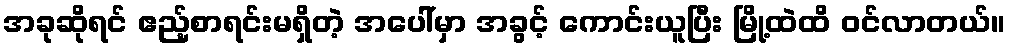
အခုဆိုရင် ဧည့်စာရင်းမရှိတဲ့ အပေါ်မှာ အခွင့် ကောင်းယူပြီး မြို့ထဲထိ ဝင်လာတယ်။